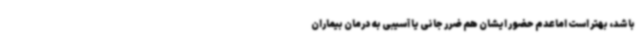
باشد، بهتر است اماعدم حضور ایشان هم ضرر جانی یا آسیبی به درمان بیماران